Annual administration report of the Civil Veterinary Department of India - 1898-1899
Year: 1898
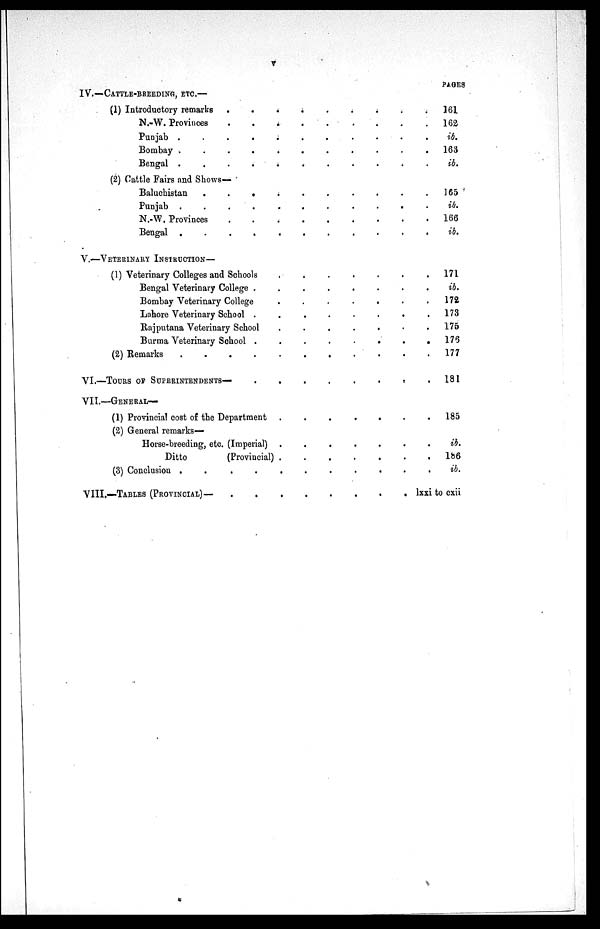
V
IV.—CATTLE-BREEDING, ETC.—
(1) Introductory remarks
.
.
.
.
.
.
.
.
N.-W. Provinces
.
.
.
.
.
.
.
.
Punjab .
.
.
.
.
.
.
.
.
.
Bombay .
.
.
.
.
.
.
.
.
.
Bengal .
.
.
.
.
.
.
.
.
.
(2) Cattle Fairs and Shows—
Baluchistan
.
.
.
.
.
.
.
.
.
Punjab .
.
.
.
.
.
.
.
.
N.-W. Provinces
.
.
.
.
.
.
.
.
Bengal .
.
.
.
.
.
.
.
.
.
V.—VETERINARY INSTRUCTION—
(1) Veterinary Colleges and Schools
.
.
.
.
.
.
Bengal Veterinary College .
.
.
.
.
.
.
Bombay Veterinary College
.
.
.
.
.
.
Lahore Veterinary School .
.
.
.
.
.
.
Rajputana Veterinary School
.
.
.
.
.
.
Burma Veterinary School .
.
.
.
.
.
.
(2)
Remarks
.
.
.
.
.
.
.
.
.
VI.—TOURS OF SUPERINTENDENTS— . . . . . . .
VII.—GENERAL—
(1) Provincial cost of the Department .
.
.
.
.
. .
(2) General remarks—
Horse-breeding, etc. (Imperial) .
.
.
.
.
. .
Ditto
(Provincial) .
.
.
.
.
. .
(3) Conclusion .
.
.
.
.
.
.
.
.
.
VIII.—TABLES (PROVINCIAL)— . . . . . . .
PAGES
161
162
ib.
163
ib.
165
ib.
166
ib.
171
ib.
172
173
175
176
177
181
185
ib.
.
186
ib.
lxxi to cxii